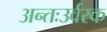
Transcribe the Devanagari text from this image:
अन्तःउर्वरक